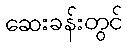
ဆေးခန်းတွင်